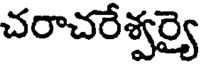
చరాచరేశ్వర్యై